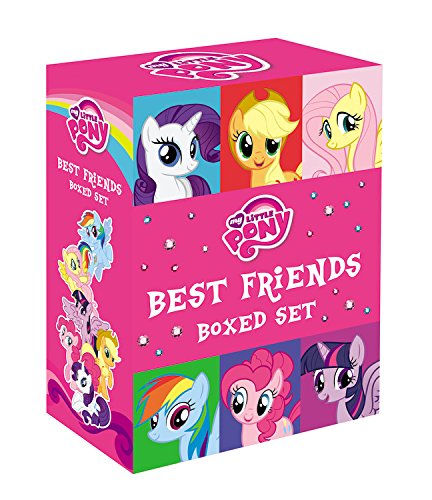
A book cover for My Little Pony: Best Friends Boxed Set; Hasbro; Children's Books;